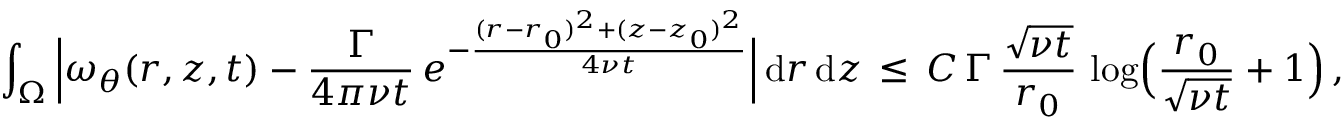
\int _ { \Omega } \, \Bigl | \omega _ { \theta } ( r , z , t ) - \frac { \Gamma } { 4 \pi \nu t } \, e ^ { - \frac { ( r - r _ { 0 } ) ^ { 2 } + ( z - z _ { 0 } ) ^ { 2 } } { 4 \nu t } } \Bigr | \, \mathrm { d } r \, \mathrm { d } z \, \le \, C \, \Gamma \, \frac { \sqrt { \nu t } } { r _ { 0 } } \, \log \Bigl ( \frac { r _ { 0 } } { \sqrt { \nu t } } + 1 \Bigr ) \, ,